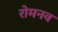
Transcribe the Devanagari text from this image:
रोमनव